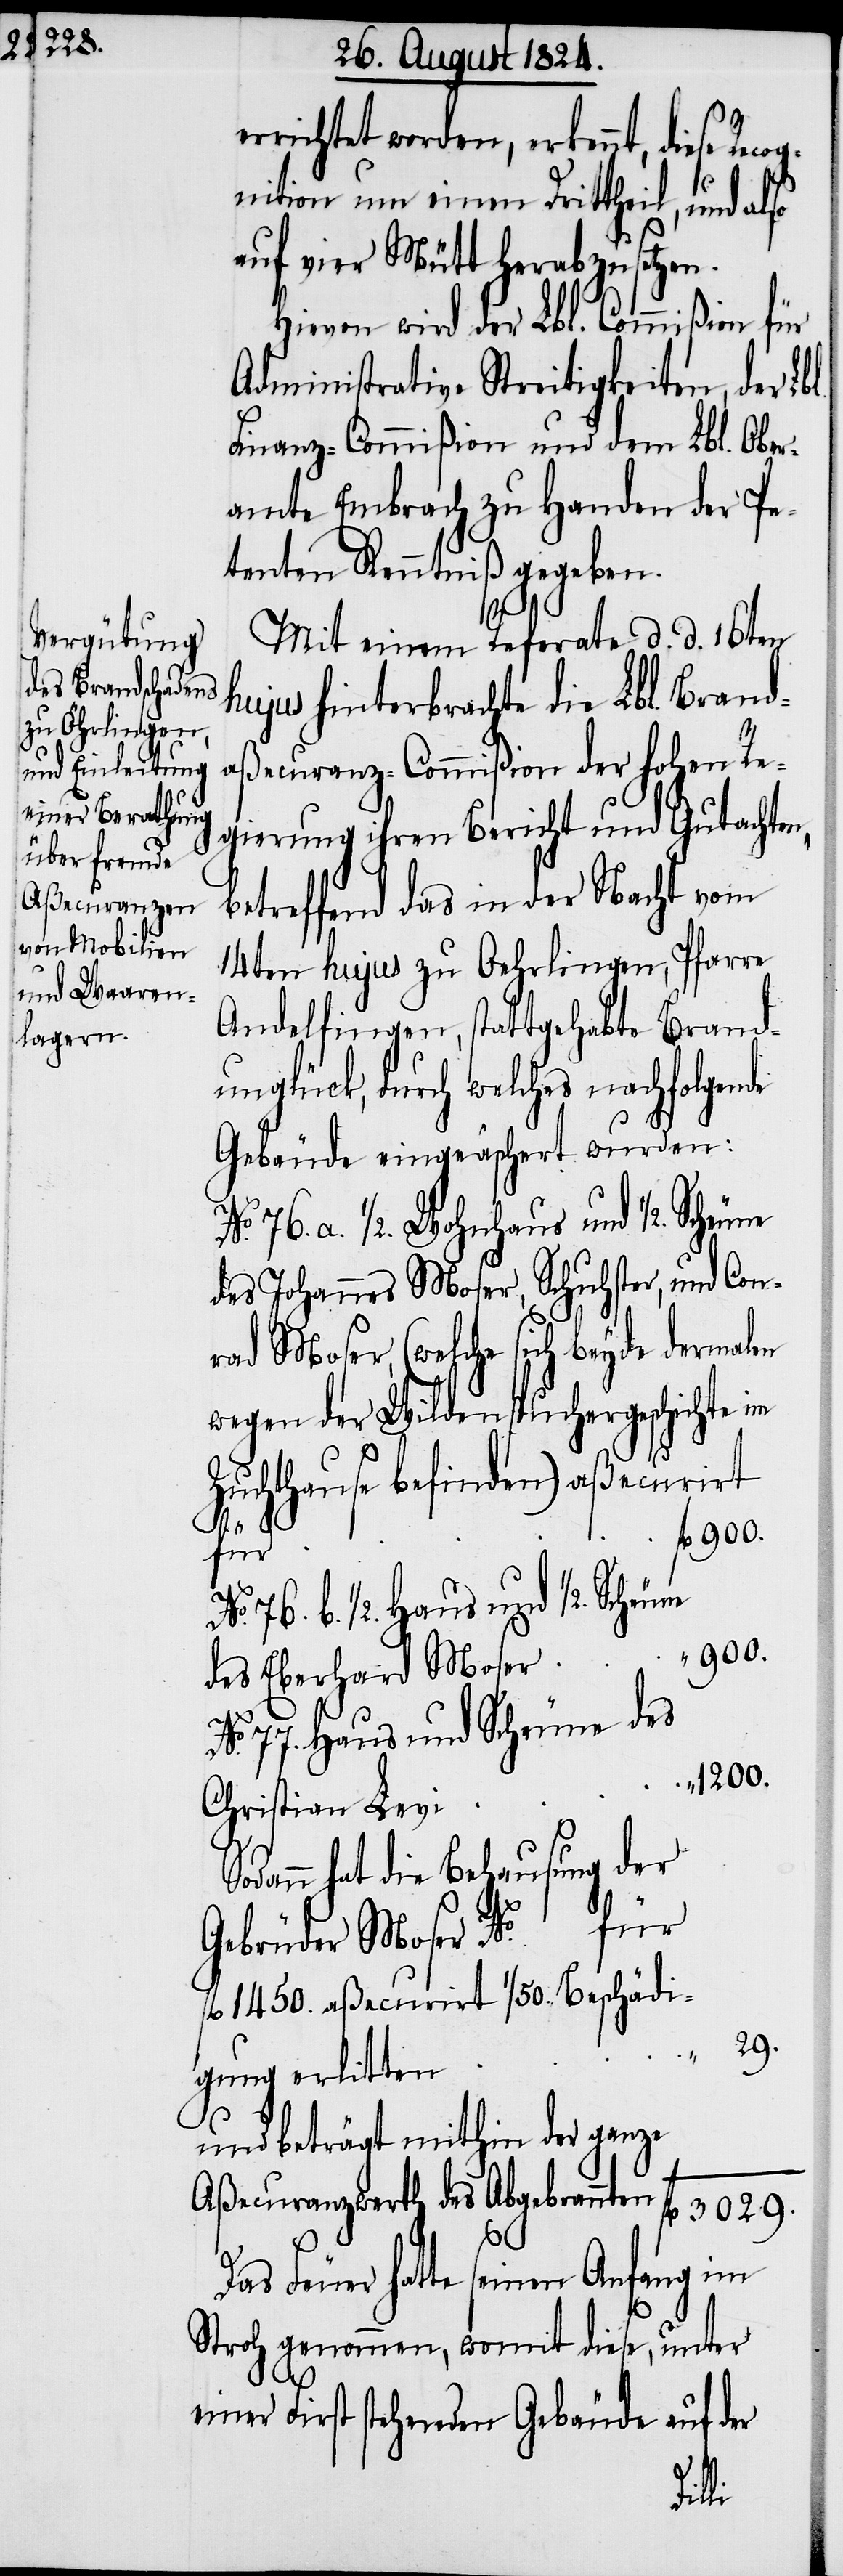
errichtet worden, erkennt, diese Reco¬
gnition um einen Drittheil, und also
auf vier Mütt herabzusetzen.
Hiervon wird der Lbl. Commißion für
Administrative Streitigkeiten, der Lb¬
Finanz-Commißion und dem Lbl. Ober¬
amte Embrach zu Handen der Pe¬
tenten Kenntniß gegeben.
Mit einem Referate d. d. 16ten
hujus hinterbrachte die Lbl. Brand¬
aßecuranz-Commißion der hohen Re¬
gierung ihren Bericht und Gutachten,
betreffend das in der Nacht vom
14ten hujus zu Oehrlingen, Pfarre
Andelfingen, stattgehabte Brand¬
unglück, durch welches nachfolgende
Gebäude eingeäschert wurden:
o. 76. a. ½. Wohnhaus und ½. Scheune
des Johannes Moser, Schuhster, und Con¬
rad Moser, (welche sich beyde dermalen
wegen der Wildenspuchergeschichte im
Zuchthause befinden) aßecurirt
No. 76. b. ½. Haus und ½. Scheune
900.
des
des Eberhard Mose¬
No. 77. Haus und Scheune des
dann hat die Behausung der
für
Gebrüder Moser
fl 1450. aßecurirt 1/50. Beschädi¬
Das
und beträgt mithin der ganze
Aßecuranzwerth _
l.
Feuer hatte seinen Anfang im
Stroh genommen, womit diese, unter
einer First stehenden Gebäude auf der